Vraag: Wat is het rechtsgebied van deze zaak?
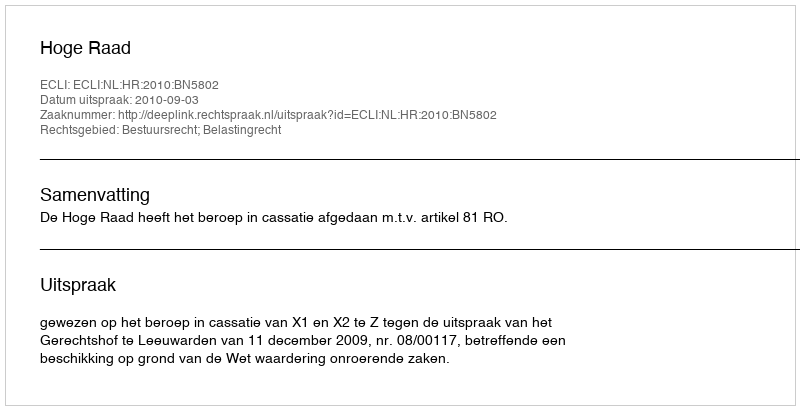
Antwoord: Bestuursrecht; Belastingrecht